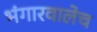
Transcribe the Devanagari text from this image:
भंगारवालेच